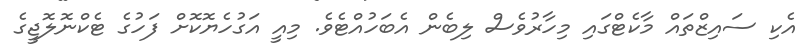
އެކި ސައިޒްތައް މާކެޓްގައި މިހާރުވެސް ލިބެން އެބަހުއްޓެވެ. މިއީ އަގުހެޔޮކޮށް ފަހުގެ ޓެކްނޮލޮޖީގެ